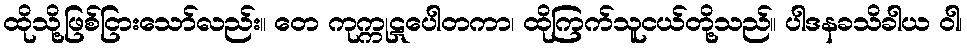
ထိုသို့ဖြစ်ငြားသော်လည်း။ တေ ကုက္ကုဋပေါတကာ၊ ထိုကြက်သူငယ်တို့သည်။ ပါဒနခသိခါယ ဝါ၊